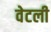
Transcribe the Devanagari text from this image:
वेटली